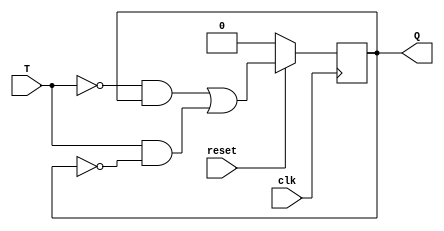
module T_FF(
    input T, clk, reset,
    output reg Q
);

always @(posedge clk)
begin

    if(!reset) Q <= 0;
    else Q <= (~T & Q) | (T & ~Q);

end

endmodule